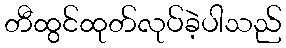
တီထွင်ထုတ်လုပ်ခဲ့ပါသည်